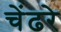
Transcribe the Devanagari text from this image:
चेंढरे